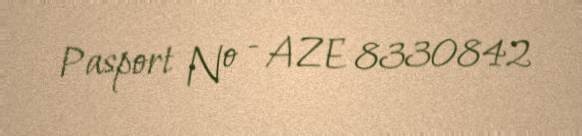
Pasport № - AZE 8330842